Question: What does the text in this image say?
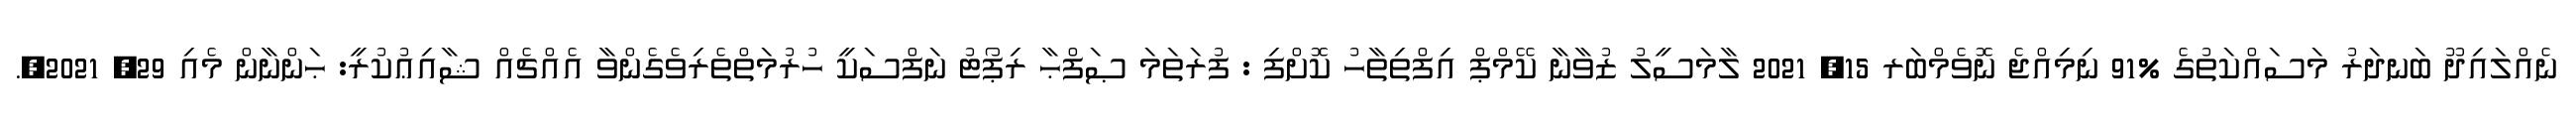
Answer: ނެއްލައިދޫ ބަނދަރު މަސައްކަތުގެ %91 ނިމިއްޖެ ނޮވެމްބަރ 15, 2021 ލާމަސީލު ޒުވާނާ ކޭމްޕް އިފްތިތާހު ކޮށްފި : ފުރަތަމަ ޞަފްޙާ ރިޕޯޓު ނަފްސަކީ ހުރުމަތްތެރިވެގެންވާ އެއްޗެއް ޝާއިޢުކުރީ: ޙަންނާން މެއި 29, 2021,.